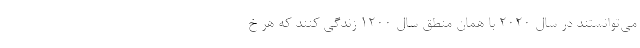
می­توانستند در سال 2020 با همان منطقِ سال 1200 زندگی کنند که هر خ